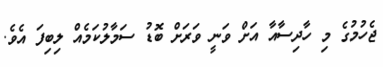
ޖެހުމުގެ މި ހާދިސާއާ އަށް ވަނީ ވަރަށް ބޮޑު ސަމާލުކަމެއް ލިބިފަ އެވެ.